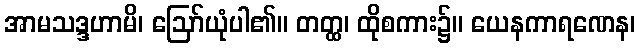
အာမသဒ္ဒဟာမိ၊ ဩော်ယုံပါ၏။ တတ္ထ၊ ထိုစကား၌။ ယေနကာရဏေန၊